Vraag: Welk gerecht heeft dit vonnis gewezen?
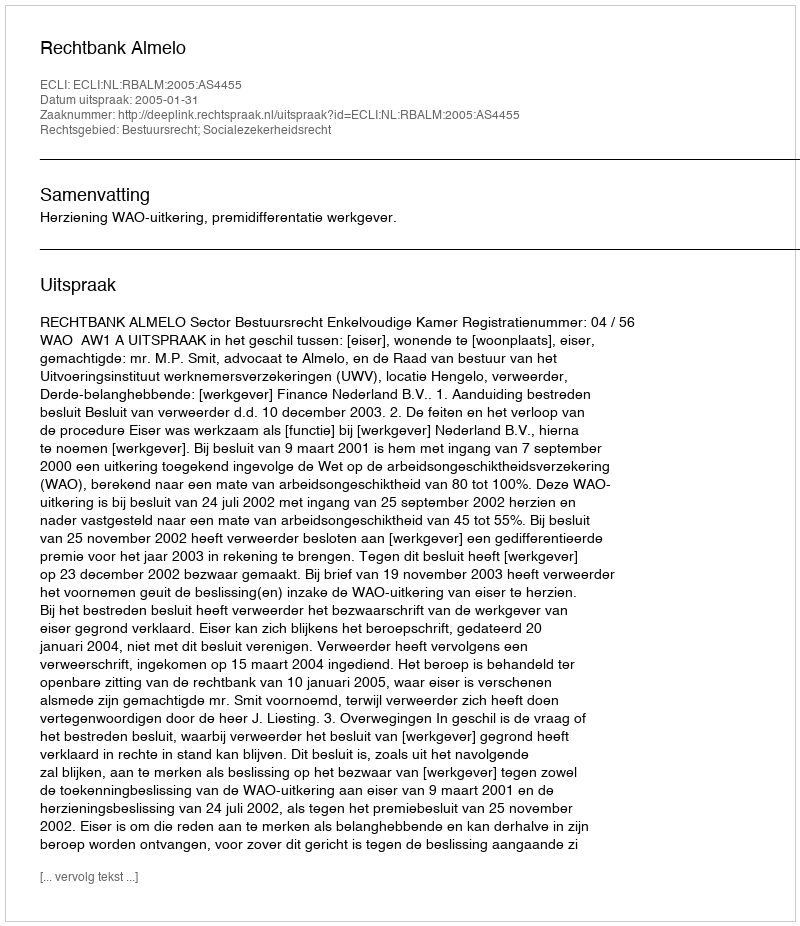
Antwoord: Rechtbank Almelo